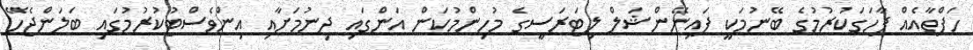
ހަފްތާއެއް ފާހަގަކުރުމުގެ ބޭނުމަކީ ފައިނޭންޝަލް ލިޓަރަސީގެ މުހިންމުކަން އަންގައި ދިނުމަށާއި އިންވެސްޓުކުރުމުގައި ބަލަންޖެހޭ